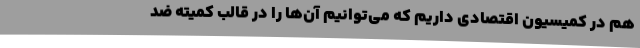
هم در کمیسیون اقتصادی داریم که می‌توانیم آن‌ها را در قالب کمیته ضد